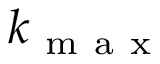
k _ { \mathrm { ~ m ~ a ~ x ~ } }